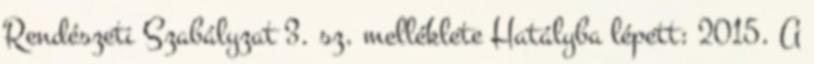
Rendészeti Szabályzat 3. sz. melléklete Hatályba lépett: 2015. A